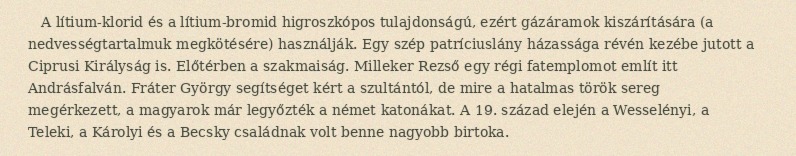
A lítium-klorid és a lítium-bromid higroszkópos tulajdonságú, ezért gázáramok kiszárítására (a nedvességtartalmuk megkötésére) használják. Egy szép patríciuslány házassága révén kezébe jutott a Ciprusi Királyság is. Előtérben a szakmaiság. Milleker Rezső egy régi fatemplomot említ itt Andrásfalván. Fráter György segítséget kért a szultántól, de mire a hatalmas török sereg megérkezett, a magyarok már legyőzték a német katonákat. A 19. század elején a Wesselényi, a Teleki, a Károlyi és a Becsky családnak volt benne nagyobb birtoka.